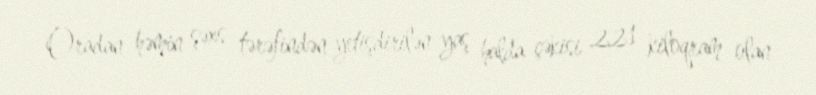
Oradan həmin şəxs tərəfindən yetişdirilən yaş halda çəkisi 221 kiloqram olan